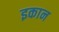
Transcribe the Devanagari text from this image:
इकान